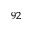
^ { 9 2 }